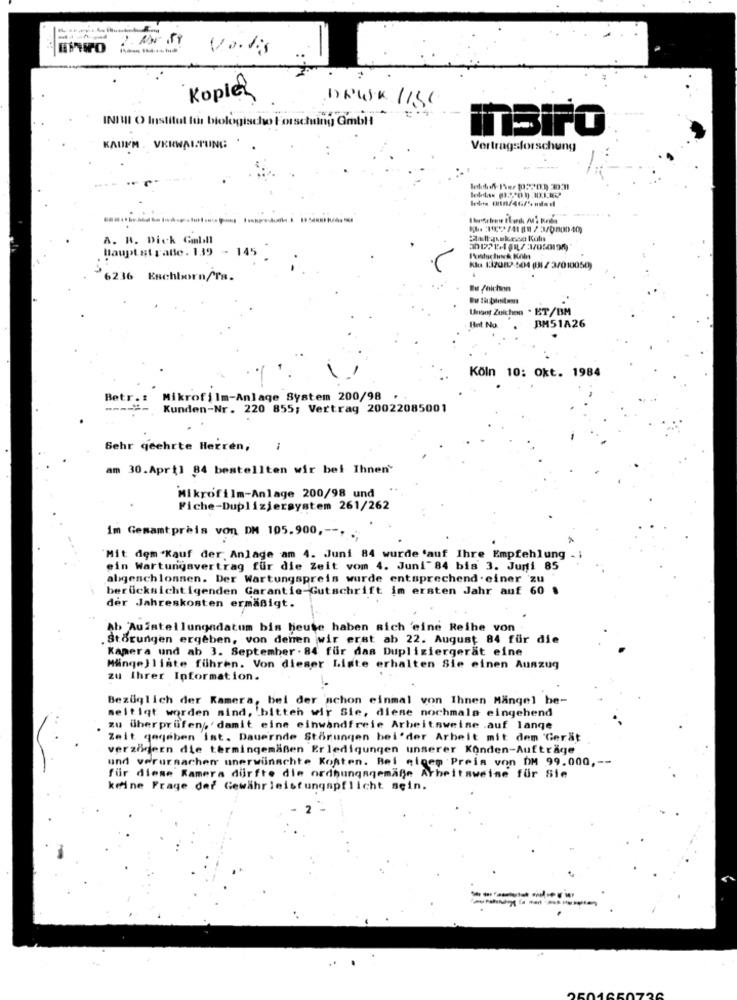
Koples
DEWK HISC
INIMI O Insti
Its biologischo Forschung Gmbli
ITBiFO
KAUFM . VERWALTUNG
Vertragsforschung
A. R. Dick Gabll
Haupt straße. 139 - 145
Klu 1:12082 504 (11 / 3/010050
010050
6236 Eschborn/rs.
But Zeichen
Unser Zuichen . ET/BM
BM51A26
Het. No.
Köln 10: Okt. 1984
Betr .:
Mikrofilm-Anlage System 200/98 .
Kunden-Nr. 220 855; Vertrag 20022085001
Sehr geehrte Herren,
am 30.April 84 bestellten wir bei Ihnen'
Mikrofilm-Anlage 200/98 und
Fiche-Dupliziersystem 261/262
im Gesamtpreis von DM 105.900 ,--.
Mit dem Kauf der Anlage am 4. Juni 84 wurde 'auf Ihre Empfehlung
ein Wartungavertrag fur die Zeit vom 4. Juni" 84 bis 3. Juni 85
abgeschlossen. Der Wartungspreis wurde entsprechend . einer 'zu
berücksichtigenden Garantie-Gutschrift im ersten Jahr auf 60
der Jahreskosten ermäßigt.
Ab Aufstellungsdatum bis heute haben sich 'eine Reihe von
Störungen ergeben, von denen wir erst ab 22. August 84 für die
Kamera und ab 3. September . 84 für das Dupliziergerät eine
Mängelliste führen. Von dieser Liste erhalten Sie einen Auszug
zu Ihrer Information.
Bezüglich der Kamera, bei der schon einmal von Ihnen Mangel he-
seitigt worden sind, 'bitten wir Sie, diese nochmals eingehend
zu überprüfen, 'damit eine einwandfreie Arbeitsweise .auf lange
Zeit gegeben ist. Dauernde Störungen bei'der Arbeit mit dem 'Gerät
verzögern die termingemäßen Erledigungen unserer Konden-Aufträge
und verursacher unerwünschte Kosten. Bei cicem Preis von DM 99.000 ,--
für diese Kamera dürfte die ordnungsgemäße Arbeitsweise für Sie
keine Frage der Gewährleistungspflicht sein.